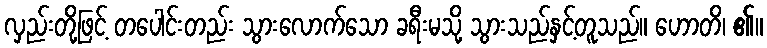
လှည်းတို့ဖြင့် တပေါင်းတည်း သွားလောက်သော ခရီးမသို့ သွားသည်နှင့်တူသည်။ ဟောတိ၊ ၏။